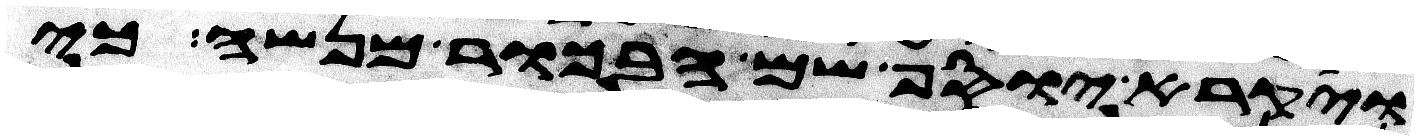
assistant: ויקרא יוסף שם הבכור מנשה כי